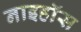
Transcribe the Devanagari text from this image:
नाइहॉस